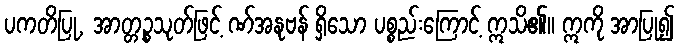
ပကတိပြု, အာတ္တဉ္စသုတ်ဖြင့် ဏ်အနုဗန် ရှိသော ပစ္စည်းကြောင့် ဣသိ၏။ ဣကို အာပြု၍